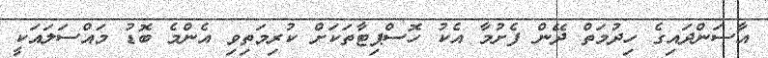
އާސަންދައިގެ ހިދުމަތް ދޭން ފެށުމާ އެކު ހޮސްޕިޓާތަކަށް ކުރިމަތިވި އެންމެ ބޮޑު މައްސަލައަކީ